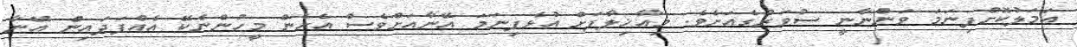
ޢަމަލުކޮށްފިނަމަ ވަންނާނީ ސުވަރުގެއަށެވެ. މިއާޚިލާފަށް އުޅެފިނަމަ އޭނާއަށްވެސް އެހެން މީހުންނެކޭ އެއްފަދައިން އޭނާ